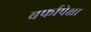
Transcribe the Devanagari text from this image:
बर्फापेक्षा